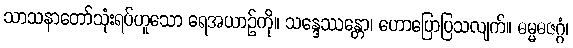
သာသနာတော်သုံးရပ်ဟူသော ရေအယာဉ်ကို။ သန္ဒေဿန္တော၊ ဟောပြောပြသလျက်။ ဓမ္မဓဇဂ္ဂံ၊